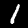
Digit: 1